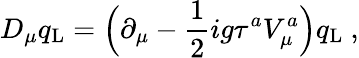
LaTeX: D_{\mu}q_{\mathrm{L}}=\Bigl(\partial_{\mu}-\frac{1}{2}ig\tau^{a}V_{\mu}^{a}\Bigr)q_{\mathrm{L}}\ ,